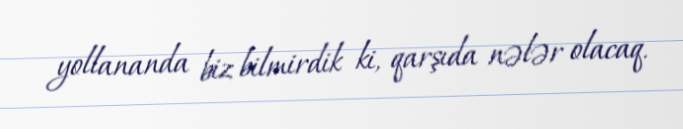
yollananda biz bilmirdik ki, qarşıda nələr olacaq.